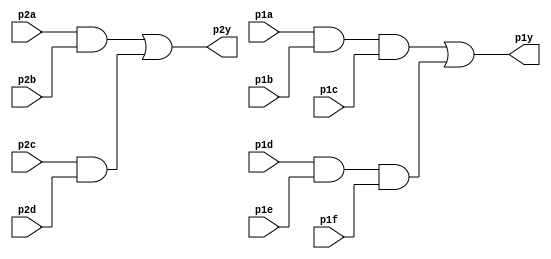
// This program was cloned from: https://github.com/viduraakalanka/HDL-Bits-Solutions
// License: The Unlicense

module top_module ( 
    //designing a  7458  chip
    input p1a, p1b, p1c, p1d, p1e, p1f,
    output p1y,
    input p2a, p2b, p2c, p2d,
    output p2y );
	
    wire and3_wire_a, and3_wire_b, and2_wire_c, and2_wire_d;
    
    assign and3_wire_a = p1a && p1b && p1c;
    assign and3_wire_b = p1d && p1e && p1f;
    assign and2_wire_c = p2a && p2b;
    assign and2_wire_d = p2c && p2d;
    
    assign p1y = and3_wire_a || and3_wire_b;
    assign p2y = and2_wire_c || and2_wire_d;
    

endmodule